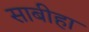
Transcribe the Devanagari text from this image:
साबीहा